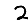
Digit: 2